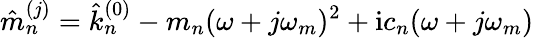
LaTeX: \hat{m}_{n}^{(j)}=\hat{k}_{n}^{(0)}-m_{n}(\omega+j\omega_{m})^{2}+\mathrm{i}c_{n}(\omega+j\omega_{m})